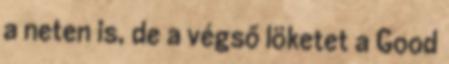
a neten is, de a végső löketet a Good